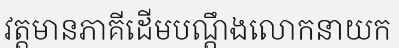
វត្តមានភាគីដើមបណ្តឹងលោកនាយក